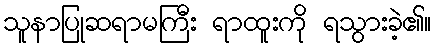
သူနာပြုဆရာမကြီး ရာထူးကို ရသွားခဲ့၏။